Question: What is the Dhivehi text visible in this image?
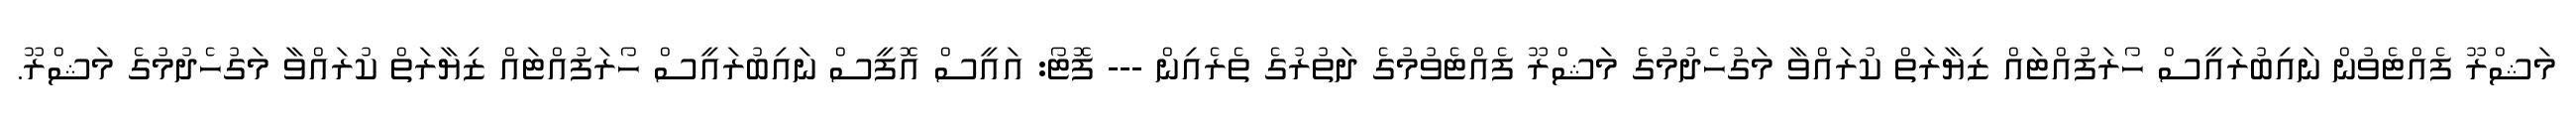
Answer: މަޝްރޫ ފެއްޓެވުން ނައިބުރައީސް ހޯރަފުއްޓައް ޒިޔާރަތް ކުރައްވާ މަގުހެދުމުގެ މަޝްރޫ ފެއްޓެވުމުގެ ދަތުރުގެ ތެރެއިން --- ފޮޓޯ: އައީސް އޮފީސް ނައިބުރައީސް ހޯރަފުއްޓައް ޒިޔާރަތް ކުރައްވާ މަގުހެދުމުގެ މަޝްރޫ.